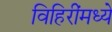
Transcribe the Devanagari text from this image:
विहिरींमध्ये